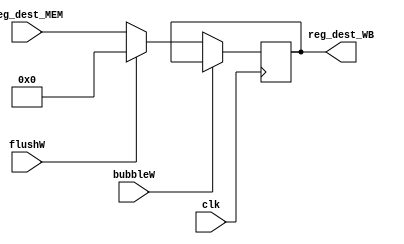
`timescale 1ns / 1ps
//  
    // MEM\WB
// 
    // clk               
    // reg_dest_MEM      MEM
    // bubbleW           WBbubble
    // flushW            WBflush
// 
    // reg_dest_WB       
//   
    // 

module Addr_WB(
    input wire clk, bubbleW, flushW,
    input wire [4:0] reg_dest_MEM,
    output reg [4:0] reg_dest_WB
    );

    initial reg_dest_WB = 4'h0;
    
    always@(posedge clk)
        if (!bubbleW) 
        begin
            if (flushW)
                reg_dest_WB <= 4'h0;
            else 
                reg_dest_WB <= reg_dest_MEM;
        end
    
endmodule